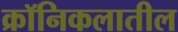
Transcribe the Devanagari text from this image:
क्रॉनिकलातील